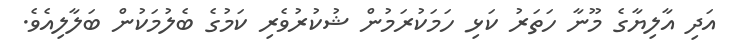
އަދި އާލިޔާގެ މޫނާ ހަތަރު ކަޅި ހަމަކުރަމުން ޝުކުރުވެރި ކަމުގެ ބެލުމަކުން ބަލާލިއެވެ.